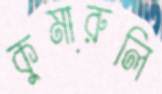
কুমারুলি